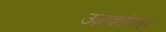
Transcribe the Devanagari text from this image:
उग्रकोपन्।